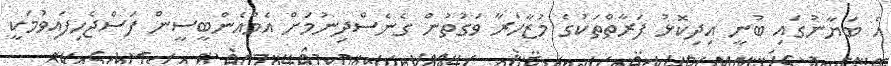
އެ ބަޔާނުގައި ބުނީ އިދިކޮޅު ފަރާތްތަކުގެ މުޒާހަރާ ވަގުތުން ގެނެސްދިނުމަށް އެމްއެންބީސީން ފަސްޖެހިފައިވުމަކީ